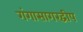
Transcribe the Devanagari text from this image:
गंगासागरद्वीप